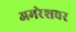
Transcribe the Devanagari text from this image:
अमरेशवर